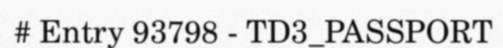
# Entry 93798 - TD3_PASSPORT